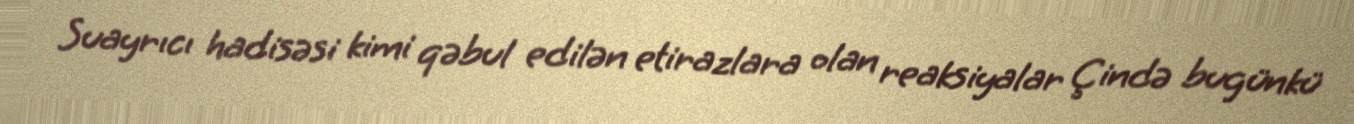
Suayrıcı hadisəsi kimi qəbul edilən etirazlara olan reaksiyalar Çində bugünkü